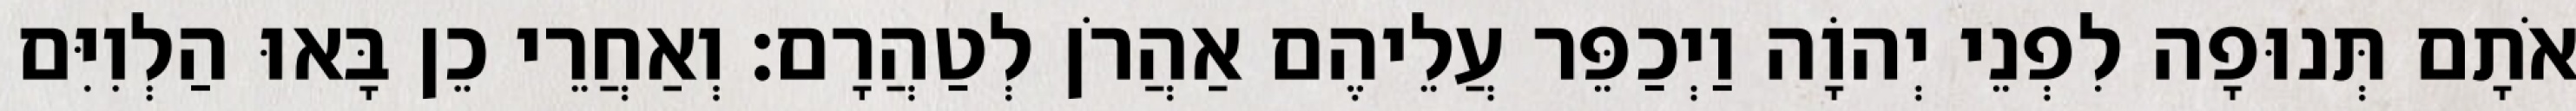
אֹתָם תְּנוּפָה לִפְנֵי יְהוָֹה וַיְכַפֵּר עֲלֵיהֶם אַהֲרֹן לְטַהֲרָם׃ וְאַחֲרֵי כֵן בָּאוּ הַלְוִיִּם